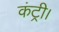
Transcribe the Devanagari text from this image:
कंट्री।